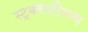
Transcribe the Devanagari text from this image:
स्ट्रक्चरलिज्म